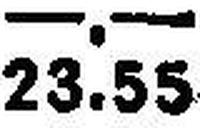
23.55